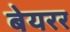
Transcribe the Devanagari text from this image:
बेयरर